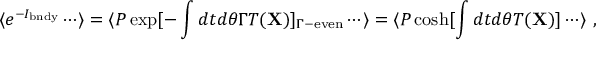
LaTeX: \langle e ^ { - I _ { \mathrm { b n d y } } } \cdots \rangle = \langle P \exp [ - \int d t d \theta \Gamma T ( { \bf X } ) ] _ { \Gamma - \mathrm { e v e n } } \cdots \rangle = \langle P \cosh [ \int d t d \theta T ( { \bf X } ) ] \cdots \rangle ~ ,